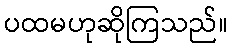
ပထမဟုဆိုကြသည်။